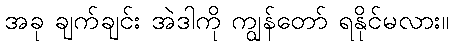
အခု ချက်ချင်း အဲဒါကို ကျွန်တော် ရနိုင်မလား။